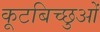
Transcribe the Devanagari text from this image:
कूटबिच्छुओं